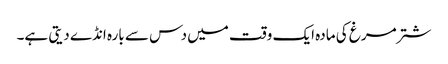
شتر مرغ کی مادہ ایک وقت میں دس سے بارہ انڈے دیتی ہے۔